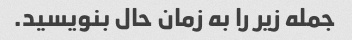
جمله زیر را به زمان حال بنویسید.